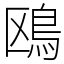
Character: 鴎